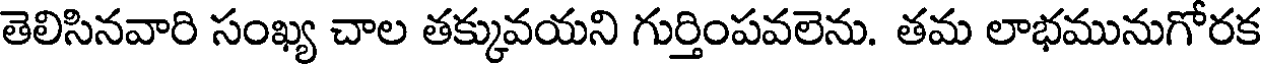
తెలిసినవారి సంఖ్య చాల తక్కువయని గుర్తింపవలెను. తమ లాభమునుగోరక